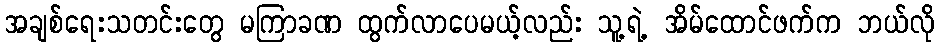
အချစ်ရေးသတင်းတွေ မကြာခဏ ထွက်လာပေမယ့်လည်း သူ့ရဲ့ အိမ်ထောင်ဖက်က ဘယ်လို